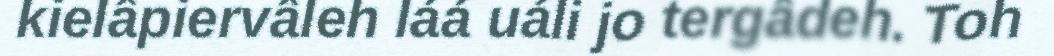
kielâpiervâleh láá uáli jo tergâdeh. Toh